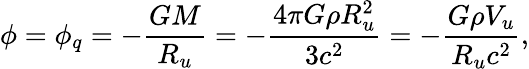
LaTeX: \phi=\phi_{q}=-\frac{GM}{R_{u}}=-\frac{4\pi G\rho R_{u}^{2}}{3c^{2}}=-\frac{G\rho V_{u}}{R_{u}c^{2}},